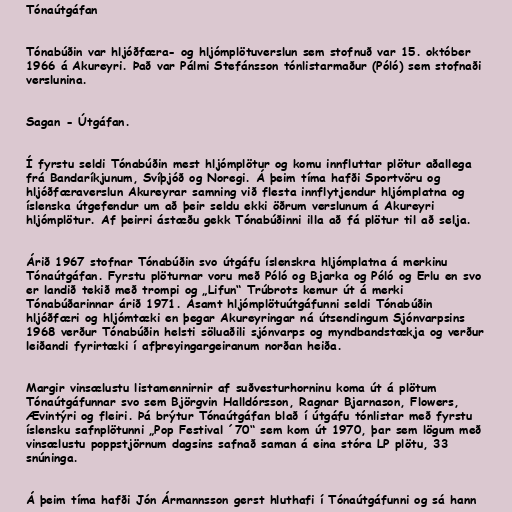
Tónaútgáfan

Tónabúðin var hljóðfæra- og hljómplötuverslun sem stofnuð var 15. október
1966 á Akureyri. Það var Pálmi Stefánsson tónlistarmaður (Póló) sem stofnaði
verslunina.

Sagan - Útgáfan.

Í fyrstu seldi Tónabúðin mest hljómplötur og komu innfluttar plötur aðallega
frá Bandaríkjunum, Svíþjóð og Noregi. Á þeim tíma hafði Sportvöru og
hljóðfæraverslun Akureyrar samning við flesta innflytjendur hljómplatna og
íslenska útgefendur um að þeir seldu ekki öðrum verslunum á Akureyri
hljómplötur. Af þeirri ástæðu gekk Tónabúðinni illa að fá plötur til að selja.

Árið 1967 stofnar Tónabúðin svo útgáfu íslenskra hljómplatna á merkinu
Tónaútgáfan. Fyrstu plöturnar voru með Póló og Bjarka og Póló og Erlu en svo
er landið tekið með trompi og „Lifun“ Trúbrots kemur út á merki
Tónabúðarinnar árið 1971. Ásamt hljómplötuútgáfunni seldi Tónabúðin
hljóðfæri og hljómtæki en þegar Akureyringar ná útsendingum Sjónvarpsins
1968 verður Tónabúðin helsti söluaðili sjónvarps og myndbandstækja og verður
leiðandi fyrirtæki í afþreyingargeiranum norðan heiða.

Margir vinsælustu listamennirnir af suðvesturhorninu koma út á plötum
Tónaútgáfunnar svo sem Björgvin Halldórsson, Ragnar Bjarnason, Flowers,
Ævintýri og fleiri. Þá brýtur Tónaútgáfan blað í útgáfu tónlistar með fyrstu
íslensku safnplötunni „Pop Festival ´70“ sem kom út 1970, þar sem lögum með
vinsælustu poppstjörnum dagsins safnað saman á eina stóra LP plötu, 33
snúninga.

Á þeim tíma hafði Jón Ármannsson gerst hluthafi í Tónaútgáfunni og sá hann